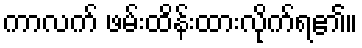
ကာလက် ဖမ်းထိန်းထားလိုက်ရ၏။